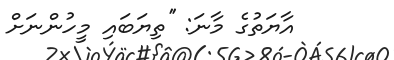
އާޔަތުގެ މާނަ: ''ތިޔަބައި މީހުންނަށް